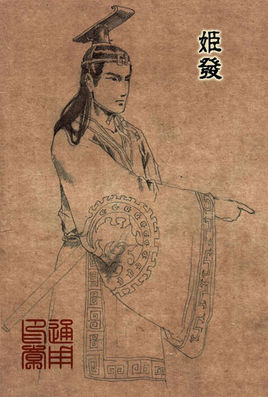
为渊驱鱼者，獭也为丛驱爵者，鹯也